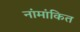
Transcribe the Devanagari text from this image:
नांमांकित